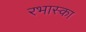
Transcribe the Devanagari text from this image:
रभास्‍का